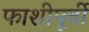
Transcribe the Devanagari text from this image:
फाशीपूर्वी